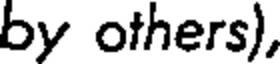
by others),